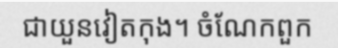
ជាយួនវៀតកុង។ ចំណែកពួក